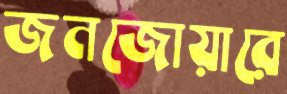
জনজোয়ারে